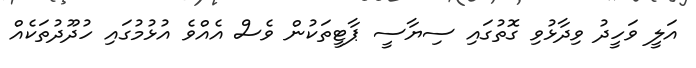
އަލީ ވަހީދު ވިދާޅުވި ގޮތުގައި ސިޔާސީ ޕާޓީތަކުން ވެސް އެއްވެ އުޅުމުގައި ހުދޫދުތަކެއް